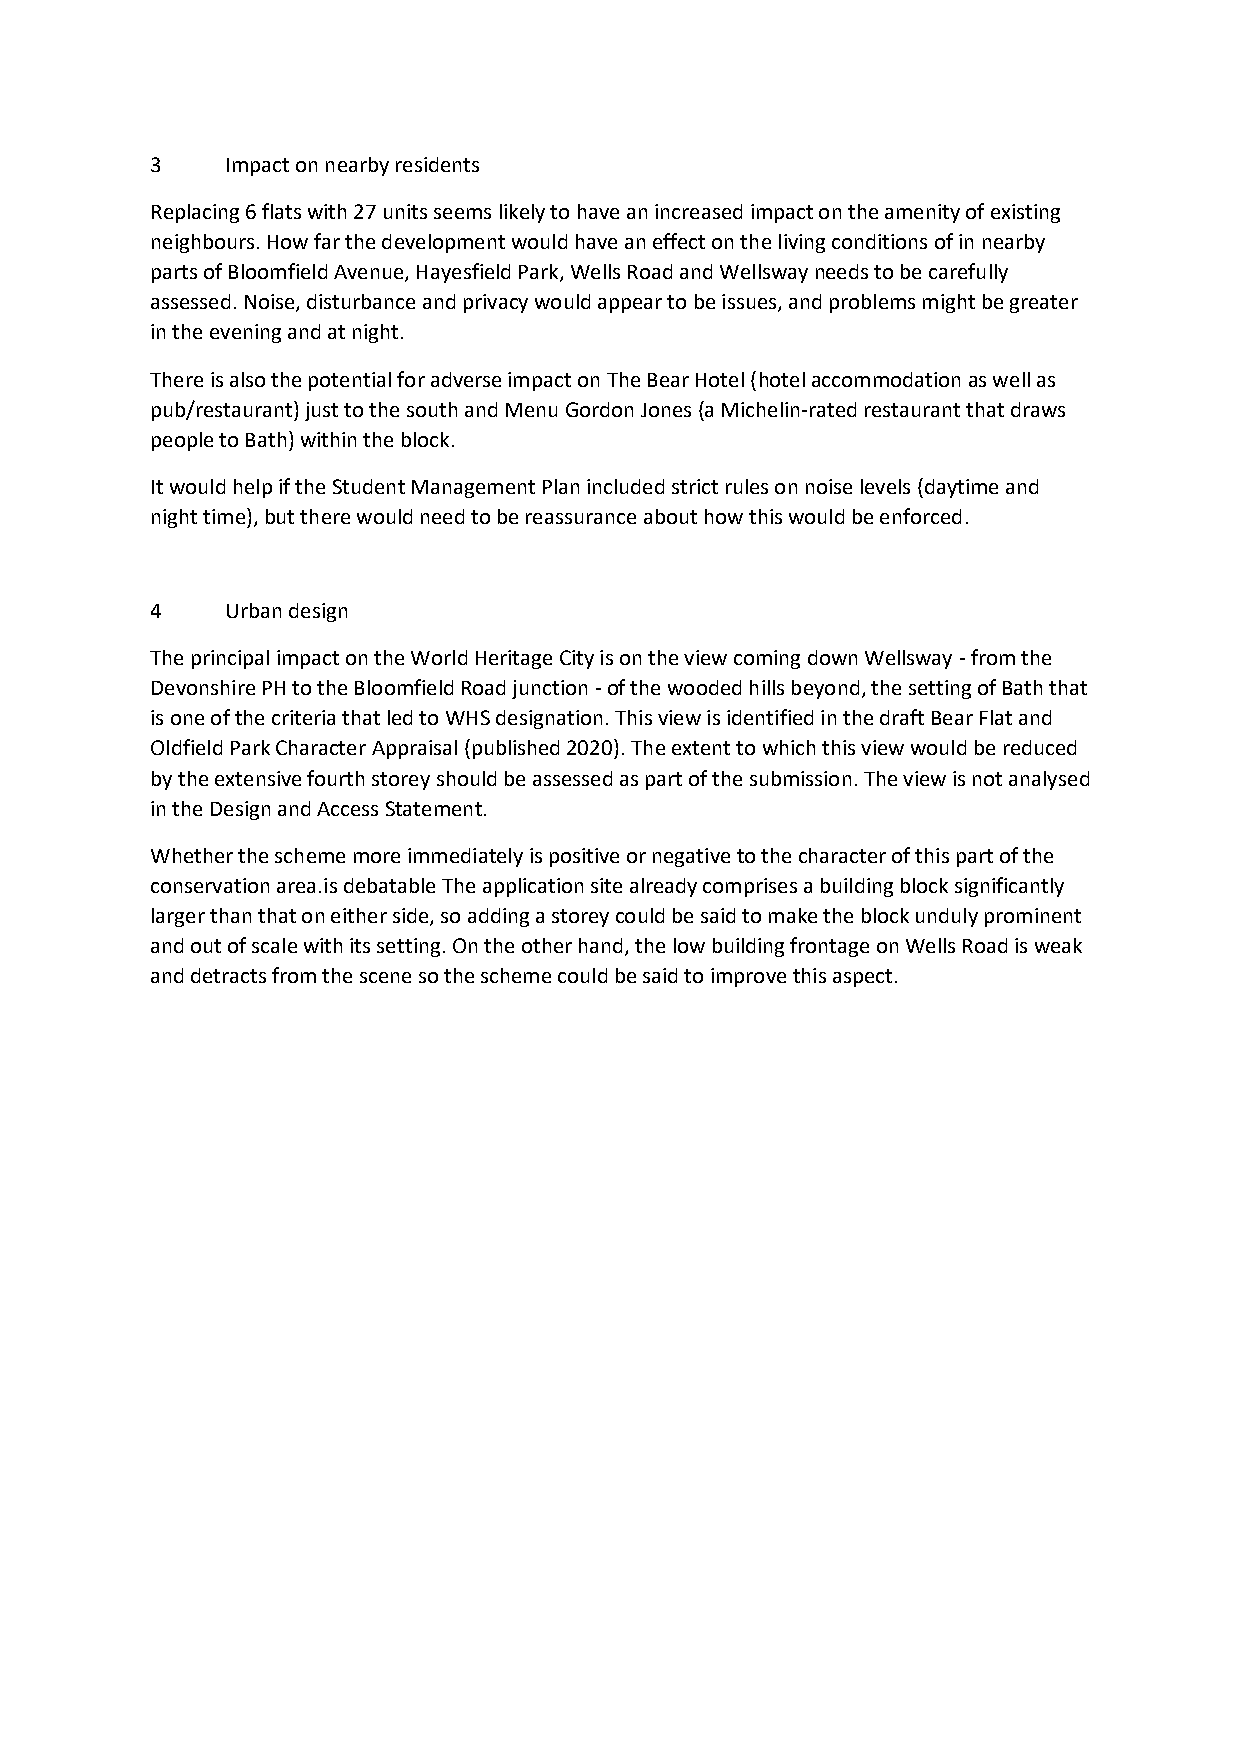
3    Impact on nearby residents
 Replacing 6 flats with 27 units seems likely to have an increased impact on the amenity of existing
 neighbours. How far the development would have an effect on the living conditions of in nearby
 parts of Bloomfield Avenue, Hayesfield Park, Wells Road and Wellsway needs to be carefully
 assessed. Noise, disturbance and privacy would appear to be issues, and problems might be greater
 in the evening and at night.
 There is also the potential for adverse impact on The Bear Hotel (hotel accommodation as well as
 pub/restaurant) just to the south and Menu Gordon Jones (a Michelin-rated restaurant that draws
 people to Bath) within the block.
 It would help if the Student Management Plan included strict rules on noise levels (daytime and
 night time), but there would need to be reassurance about how this would be enforced.
 4    Urban design
 The principal impact on the World Heritage City is on the view coming down Wellsway - from the
 Devonshire PH to the Bloomfield Road junction - of the wooded hills beyond, the setting of Bath that
 is one of the criteria that led to WHS designation. This view is identified in the draft Bear Flat and
 Oldfield Park Character Appraisal (published 2020). The extent to which this view would be reduced
 by the extensive fourth storey should be assessed as part of the submission. The view is not analysed
 in the Design and Access Statement.
 Whether the scheme more immediately is positive or negative to the character of this part of the
 conservation area.is debatable The application site already comprises a building block significantly
 larger than that on either side, so adding a storey could be said to make the block unduly prominent
 and out of scale with its setting. On the other hand, the low building frontage on Wells Road is weak
 and detracts from the scene so the scheme could be said to improve this aspect.